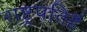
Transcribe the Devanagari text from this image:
राष्ट्रपतिहै